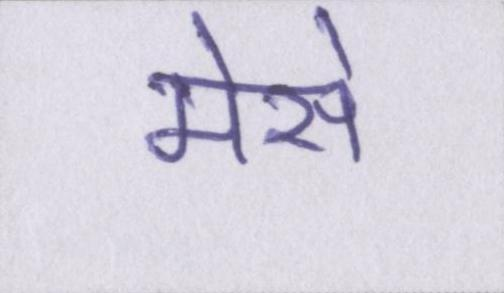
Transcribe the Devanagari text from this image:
मेसे